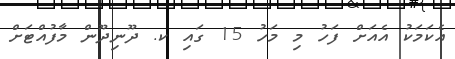
އެކަމަކު އެއަށް ފަހު މި މަހު 15 ގައި ކ. ދޫނިދޫން މާފުއްޓަށް